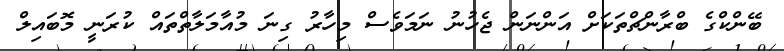
ބޭންކްގެ ބްރާންޗްތަކަށް އަންނަން ޖެހުނު ނަމަވެސް މިހާރު ގިނަ މުއާމަލާތްތައް ކުރަނީ މޮބައިލް